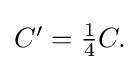
{\textstyle C'={\frac {1}{4}}C.}